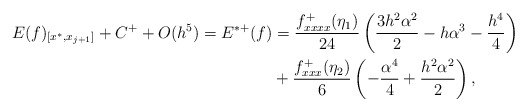
\begin{align*}\begin{aligned}E(f)_{[x^*,x_{j+1}]}+C^++O(h^5)=E^{*+}(f)&=\frac{f^+_{xxxx}(\eta_1)}{24}\left(\frac{3{h}^{2}{\alpha}^{2}}{2}-h{\alpha}^{3}-\frac{{h}^{4}}{4}\right)\\&+\frac{f^+_{xxx}(\eta_2)}{6}\left(-\frac{{\alpha}^{4}}{4}+\frac{{h}^{2}{\alpha}^{2}}{2}\right),\end{aligned}\end{align*}